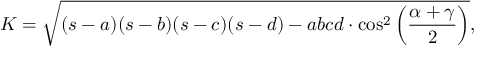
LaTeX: K = { \sqrt { ( s - a ) ( s - b ) ( s - c ) ( s - d ) - a b c d \cdot \cos ^ { 2 } \left( { \frac { \alpha + \gamma } { 2 } } \right) } } ,